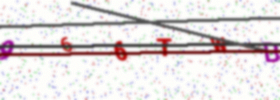
Text: 966TWB